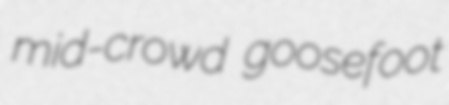
mid-crowd goosefoot